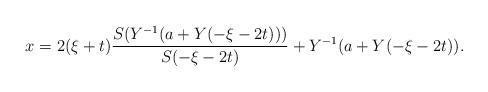
LaTeX: \begin{align*}x=2(\xi+t)\frac{S(Y^{-1}(a+Y(-\xi-2t)))}{S(-\xi-2t)}+Y^{-1}(a+Y(-\xi-2t)). \end{align*}